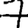
Digit: 7